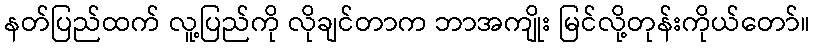
နတ်ပြည်ထက် လူ့ပြည်ကို လိုချင်တာက ဘာအကျိုး မြင်လို့တုန်းကိုယ်တော်။